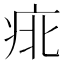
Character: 𱱍